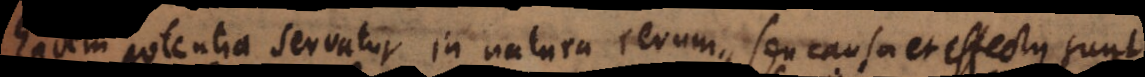
em potentia servatur in natura rerum, seu causa et effectus sunt